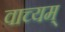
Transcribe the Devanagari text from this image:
वाच्यम्